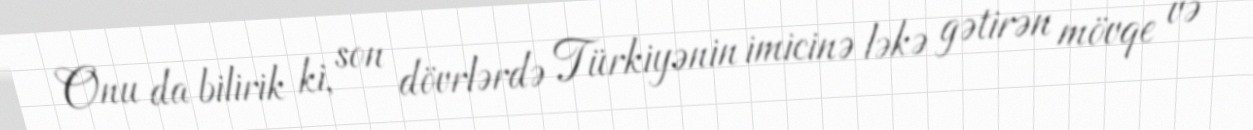
Onu da bilirik ki, son dövrlərdə Türkiyənin imicinə ləkə gətirən mövqe və